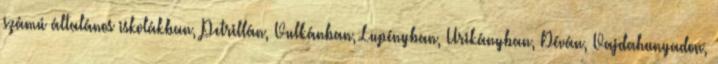
számú általános iskolákban, Petrillán, Vulkánban, Lupényban, Urikányban, Déván, Vajdahunyadon,